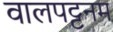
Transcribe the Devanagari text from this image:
वालपट्टनम